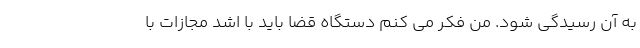
به آن رسیدگی شود. من فکر می کنم دستگاه قضا باید با اشد مجازات با